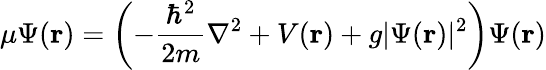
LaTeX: \mu\Psi(\mathbf{r})=\left(-{\frac{\hbar^{2}}{2m}}\nabla^{2}+V(\mathbf{r})+g\vert\Psi(\mathbf{r})\vert^{2}\right)\Psi(\mathbf{r})